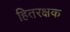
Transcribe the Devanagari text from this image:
हितरक्षक